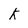
Character: k